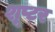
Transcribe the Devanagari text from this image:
शूप्टर